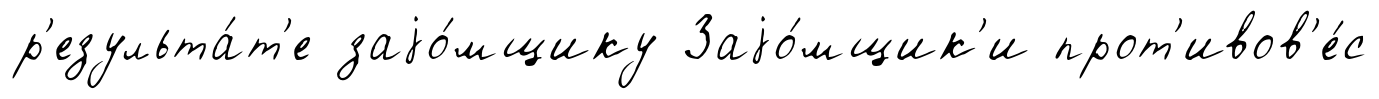
р'езульта́т'е заjо́мщику Заjо́мщик'и прот'ивов'е́с